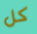
كل